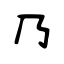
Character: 乃